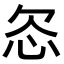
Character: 𬅟